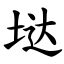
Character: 垯